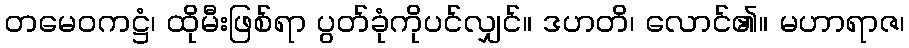
တမေဝကဋ္ဌံ၊ ထိုမီးဖြစ်ရာ ပွတ်ခုံကိုပင်လျှင်။ ဒဟတိ၊ လောင်၏။ မဟာရာဇ၊